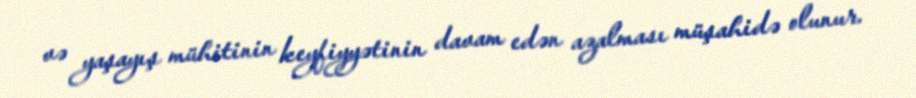
və yaşayış mühitinin keyfiyyətinin davam edən azalması müşahidə olunur.